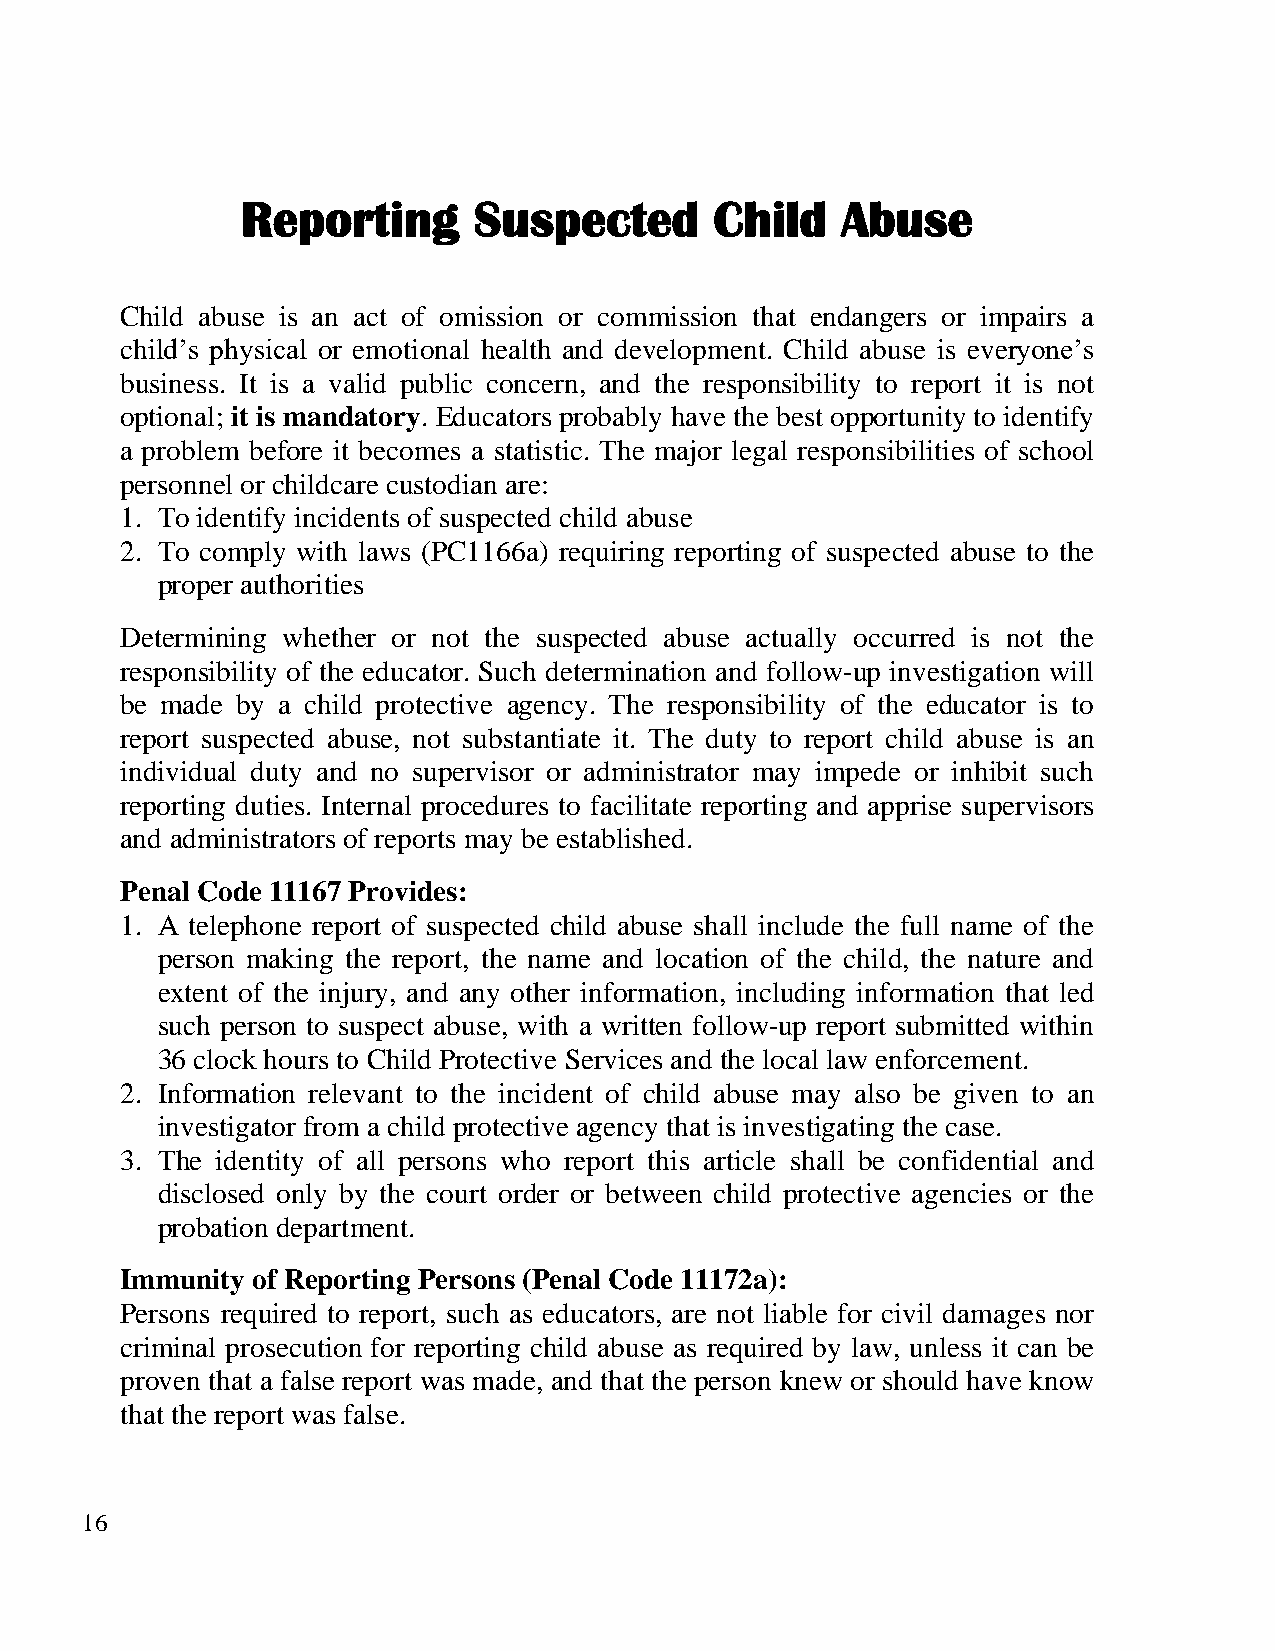
Reporting      Suspected       Child    Abuse
 Child abuse is an act of omission or commission that endangers or impairs a
 child’s physical or emotional health and development. Child abuse is everyone’s
 business. It is a valid public concern, and the responsibility to report it is not
 optional; it is mandatory. Educators probably have the best opportunity to identify
 a problem before it becomes a statistic. The major legal responsibilities of school
 personnel or childcare custodian are:
 1. To identify incidents of suspected child abuse
 2. To comply with laws (PC1166a) requiring reporting of suspected abuse to the
 proper authorities
 Determining whether or not the suspected abuse actually occurred is not the
 responsibility of the educator. Such determination and follow-up investigation will
 be made by a child protective agency. The responsibility of the educator is to
 report suspected abuse, not substantiate it. The duty to report child abuse is an
 individual duty and no supervisor or administrator may impede or inhibit such
 reporting duties. Internal procedures to facilitate reporting and apprise supervisors
 and administrators of reports may be established.
 Penal Code 11167 Provides:
 1. A telephone report of suspected child abuse shall include the full name of the
 person making the report, the name and location of the child, the nature and
 extent of the injury, and any other information, including information that led
 such person to suspect abuse, with a written follow-up report submitted within
 36 clock hours to Child Protective Services and the local law enforcement.
 2. Information relevant to the incident of child abuse may also be given to an
 investigator from a child protective agency that is investigating the case.
 3. The identity of all persons who report this article shall be confidential and
 disclosed only by the court order or between child protective agencies or the
 probation department.
 Immunity of Reporting Persons (Penal Code 11172a):
 Persons required to report, such as educators, are not liable for civil damages nor
 criminal prosecution for reporting child abuse as required by law, unless it can be
 proven that a false report was made, and that the person knew or should have know
 that the report was false.
 16